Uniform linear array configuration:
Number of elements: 16
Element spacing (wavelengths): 0.5
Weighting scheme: exponential
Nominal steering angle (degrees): -15
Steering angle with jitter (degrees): -16.037
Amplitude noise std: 0.05
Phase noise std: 0.05

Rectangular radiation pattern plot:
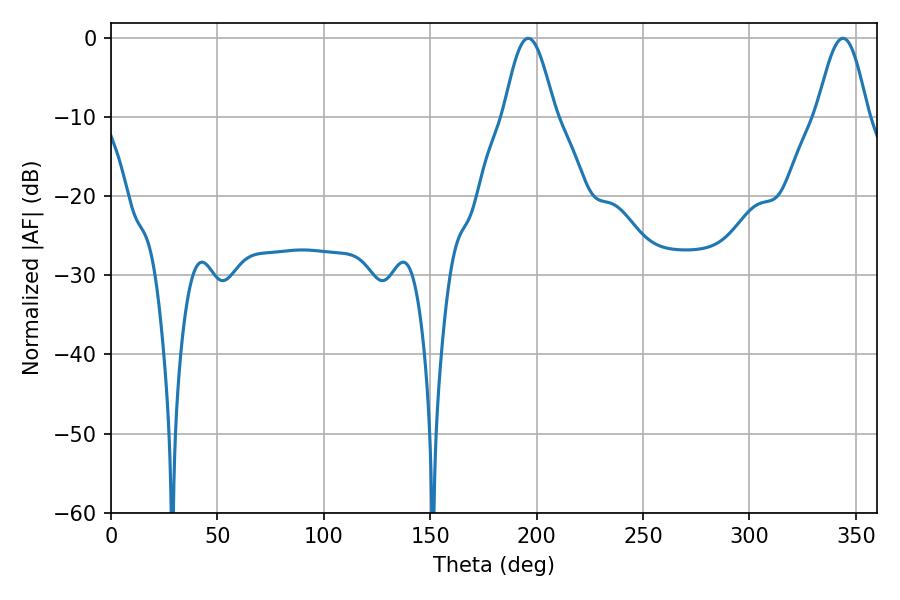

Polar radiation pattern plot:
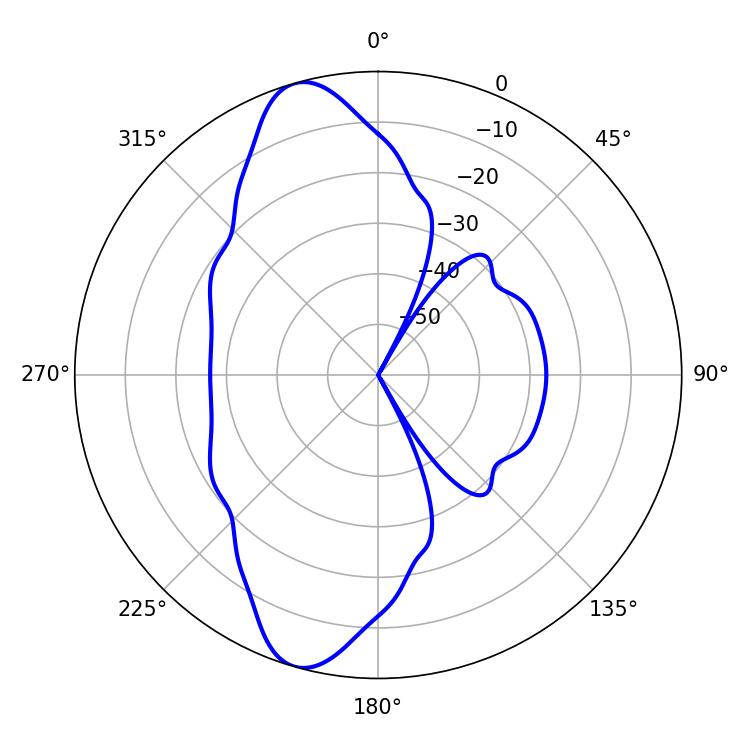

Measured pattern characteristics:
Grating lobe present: FALSE
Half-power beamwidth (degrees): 12.96
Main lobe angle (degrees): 196.02